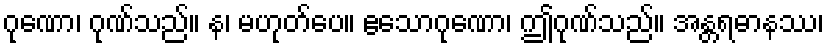
ဂုဏော၊ ဂုဏ်သည်။ န၊ မဟုတ်ပေ။ ဧသောဂုဏော၊ ဤဂုဏ်သည်။ အန္တရဓာနဿ၊